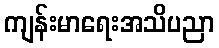
ကျန်းမာရေးအသိပညာ